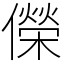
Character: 儝